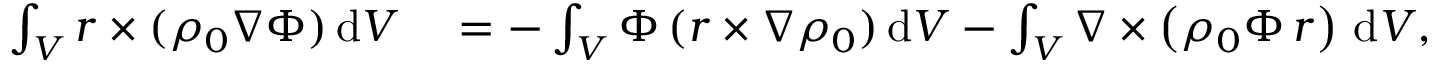
\begin{array} { r l } { \int _ { V } \boldsymbol { r } \times ( \rho _ { 0 } \nabla \Phi ) \, \mathrm { d } V } & { { } = - \int _ { V } \Phi \, ( \boldsymbol { r } \times \nabla \rho _ { 0 } ) \, \mathrm { d } V - \int _ { V } \nabla \times \left( \rho _ { 0 } \Phi \, \boldsymbol { r } \right) \, \mathrm { d } V , } \end{array}